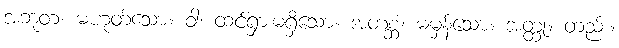
အဘူတံ၊ မဟုတ်သော။ ဝါ၊ ထင်ရှားမရှိသော။ အတစ္ဆံ၊ မမှန်သော။ အတ္ထု။ တည်း။